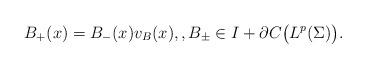
LaTeX: \begin{gather*}B_+(x) = B_-(x) v_B(x), , B_\pm \in I + \partial C\big( L^p(\Sigma)\big).\end{gather*}